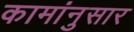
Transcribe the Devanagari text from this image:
कामांनुसार